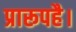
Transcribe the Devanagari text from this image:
प्रारूपहै।